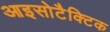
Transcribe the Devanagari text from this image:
आइसोटैक्टिक